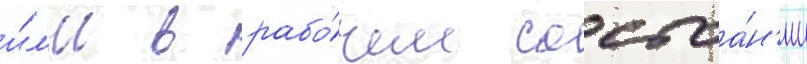
и́л'и в рабо́чем состоа́н'ии